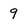
Character: 9